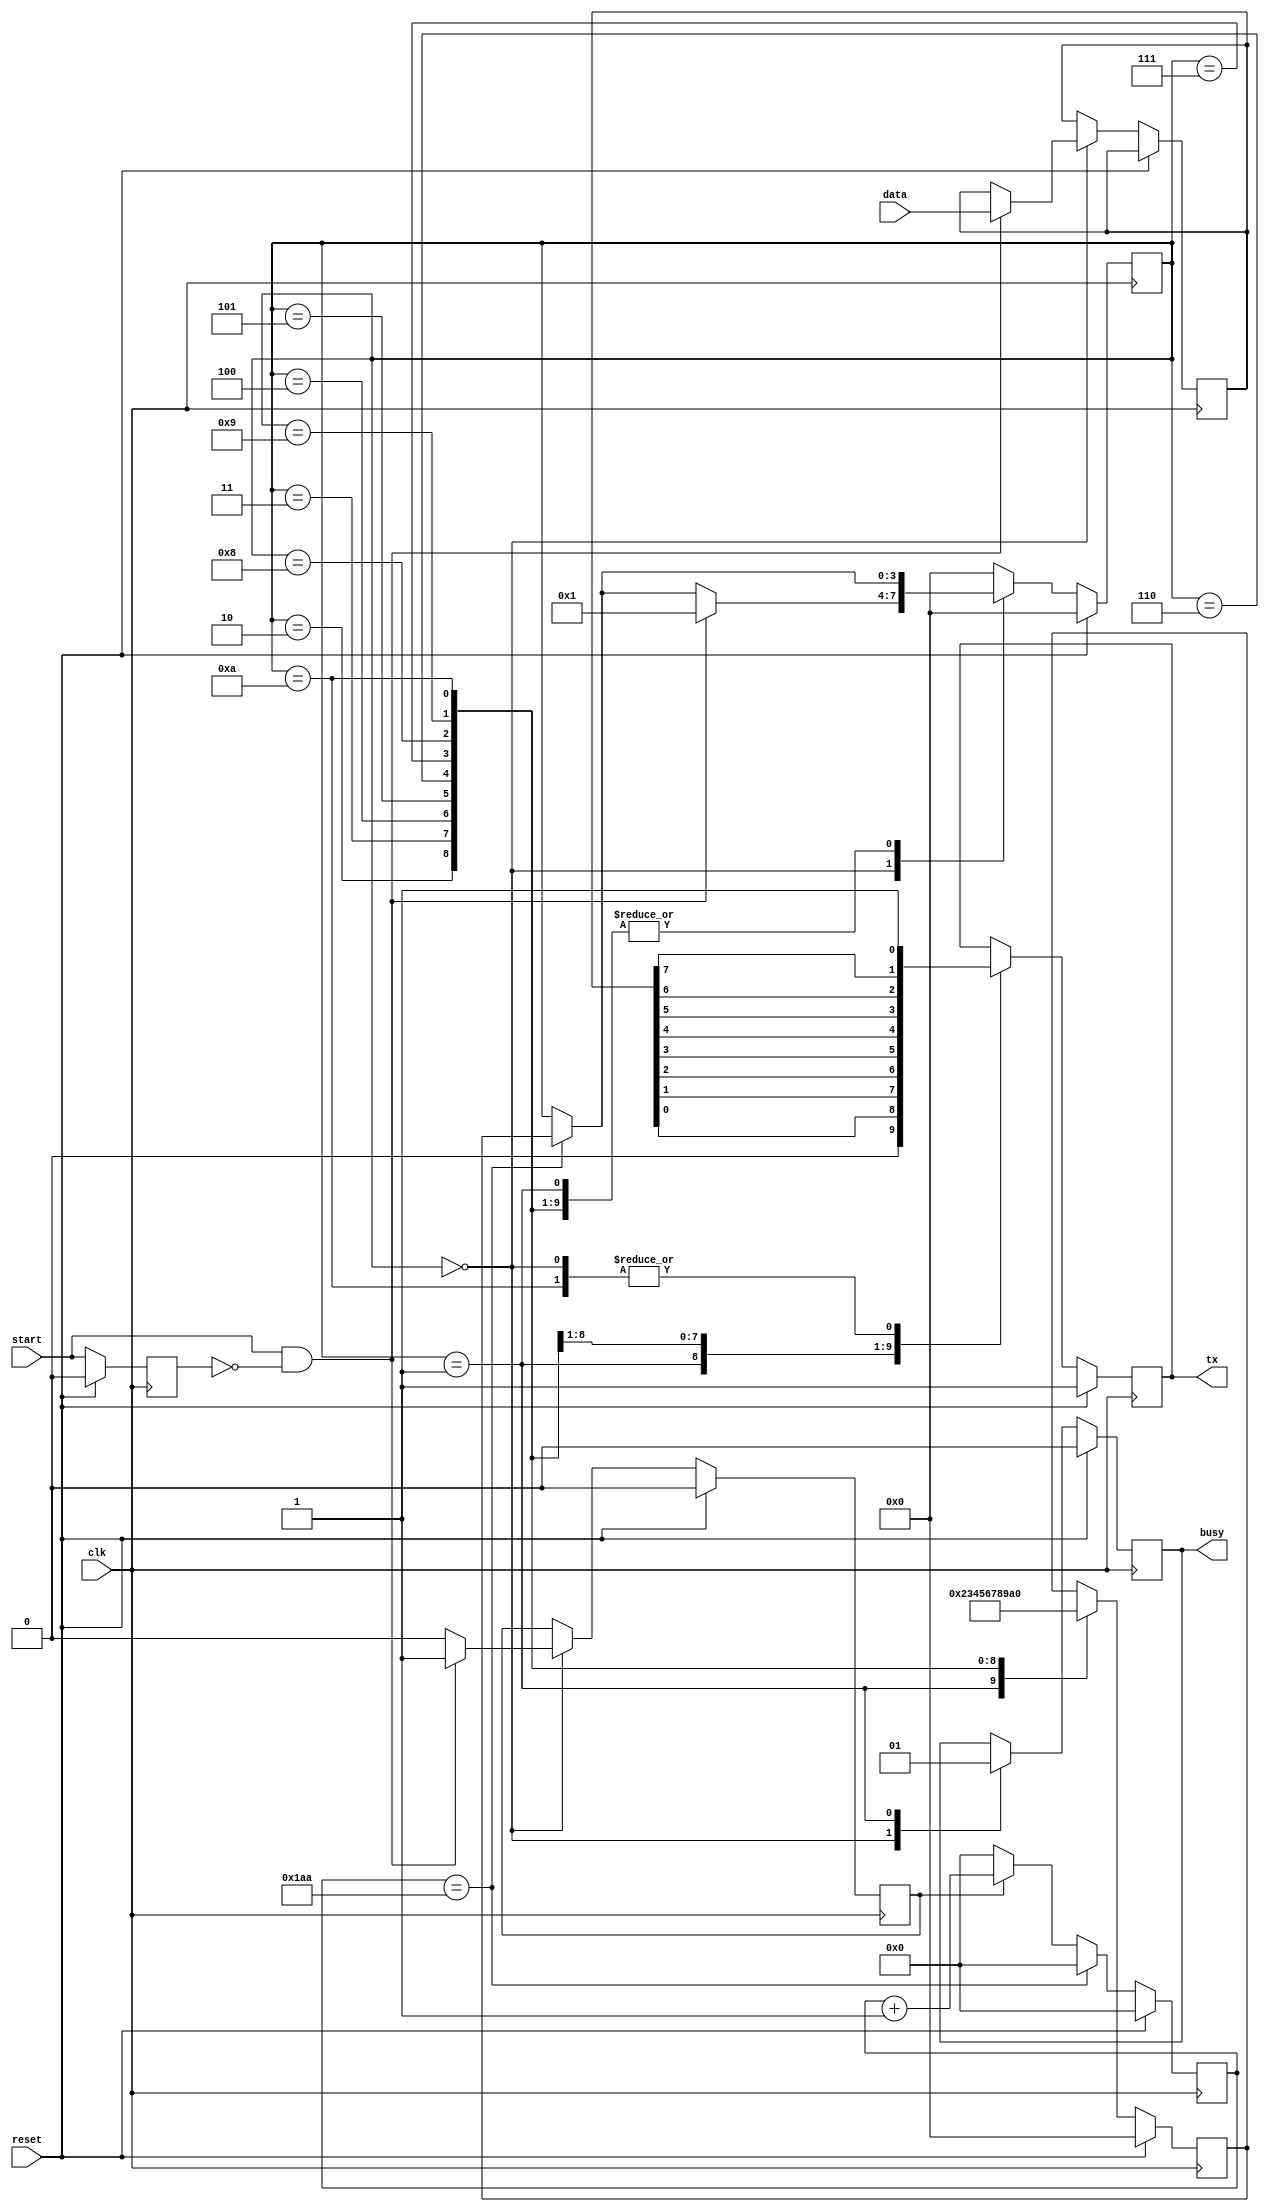
module uart_tx_state_machine (
											input       clk,
											input       reset,
											input       start,
											input [7:0] data,
																		output reg tx,
																		output reg busy
																								);

parameter         baudrate         =  187_500;
parameter         clk_freq_MHz     =  80;

localparam [15:0] clk_per_baud     =  (clk_freq_MHz * 1_000_000) / baudrate;

localparam [3:0]  IDLE             =  4'b0000;
localparam [3:0]  START_BIT 	     =  4'b0001;
localparam [3:0]  BIT_0            =  4'b0010;
localparam [3:0]  BIT_1            =  4'b0011;
localparam [3:0]  BIT_2            =  4'b0100;
localparam [3:0]  BIT_3            =  4'b0101;
localparam [3:0]  BIT_4            =  4'b0110;
localparam [3:0]  BIT_5            =  4'b0111;
localparam [3:0]  BIT_6            =  4'b1000;
localparam [3:0]  BIT_7            =  4'b1001;
localparam [3:0]  STOP_BIT         =  4'b1010;

       reg [3:0]  state            =  4'b0000;
       reg [3:0]  next_state       =  4'b0000;

       reg [15:0] base_count       = 16'h0000;
       reg [7:0]  data_buff        = 16'h0000;

       reg        start_transend   =  1'b0;
       reg        previous_strb    =  1'b0;


initial begin
	
	tx =   1'b1;
	busy = 1'b0;

end

always @(posedge clk) begin
	
	if(reset) begin
		
		base_count 	   <= 16'h0000;
		state 		   <= IDLE;
		next_state     <= IDLE;
		tx 			   <= 1'b1;
		busy 		      <= 1'b0;
		previous_strb  <= 1'b0;
		start_transend <= 1'b0;
		
	end
	else begin
	
		previous_strb <= start;

		if(start_transend)
			base_count <= base_count + 16'h0001;
		else
			base_count <= 16'h0000;

		if(base_count == clk_per_baud) begin
			base_count <= 16'h0000;
			state <= next_state;
		end
		else begin end
		
		
		case(state)

			IDLE: begin
				tx <= 1'b1;
				busy <= 1'b0;
				
				if(start && !previous_strb) begin
					start_transend <= 1'b1;
					data_buff <= data;
					
					state <= START_BIT;
				end
				else
					start_transend <= 1'b0;
			end

			START_BIT: begin
				tx <= 1'b0;
				busy <= 1'b1;
				
				next_state <= BIT_0;
			end

			BIT_0: begin
				tx <= data_buff[0];
				
				next_state <= BIT_1;
			end

			BIT_1: begin
				tx <= data_buff[1];
				
				next_state <= BIT_2;
			end

			BIT_2: begin
				tx <= data_buff[2];
				
				next_state <= BIT_3;
			end

			BIT_3: begin
				tx <= data_buff[3];
				
				next_state <= BIT_4;
			end

			BIT_4: begin
				tx <= data_buff[4];
				
				next_state <= BIT_5;
			end

			BIT_5: begin
				tx <= data_buff[5];
				
				next_state <= BIT_6;
			end

			BIT_6: begin
				tx <= data_buff[6];
				
				next_state <= BIT_7;
			end

			BIT_7: begin
				tx <= data_buff[7];
				
				next_state <= STOP_BIT;
			end

			STOP_BIT: begin
				tx <= 1'b1;
				
				next_state <= IDLE;
			end

			default: begin
				state <= IDLE;
			end
		endcase

	end

end


endmodule